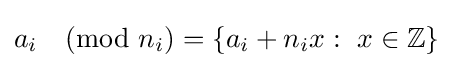
a_{i}{\pmod {n_{i}}}=\{a_{i}+n_{i}x:\ x\in \mathbb {Z} \}